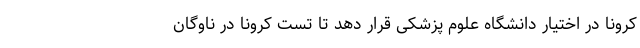
کرونا در اختیار دانشگاه علوم پزشکی قرار دهد تا تست کرونا در ناوگان